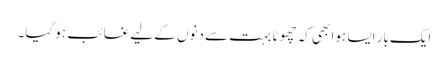
ایک بار ایسا ہوا بھی کہ چھوٹا بہت سے دنوں کے لیے غائب ہو گیا۔